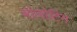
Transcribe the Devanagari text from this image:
बोलोटिन